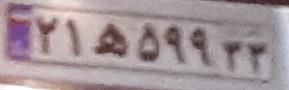
۲۱ه۵۹۹۳۳